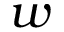
w